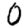
Digit: 0